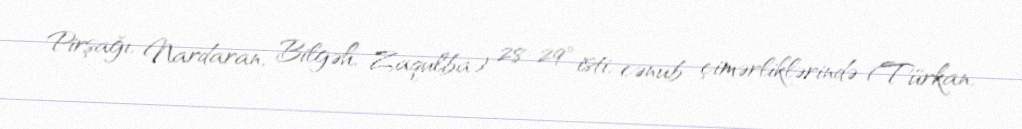
Pirşağı, Nardaran, Bilgəh, Zaqulba) 28-29° isti, cənub çimərliklərində (Türkan,